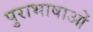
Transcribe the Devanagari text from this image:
पुराभाषाओं